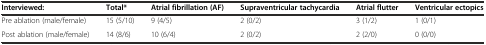
| Interviewed: | Total* | Atrial fibrillation (AF) | Supraventricular tachycardia | Atrial flutter | Ventricular ectopics |
 | --- | --- | --- | --- | --- | --- |
 | Pre ablation (male/female) | 15 (5/10) | 9 (4/5) | 2 (0/2) | 3 (1/2) | 1 (0/1) |
 | Post ablation (male/female) | 14 (8/6) | 10 (6/4) | 2 (0/2) | 2 (2/0) | 0 (0/0) |